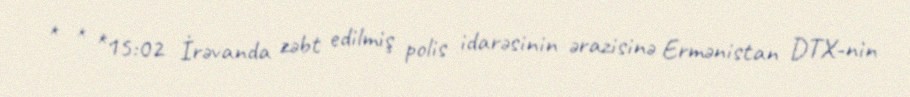
* * *15:02 İrəvanda zəbt edilmiş polis idarəsinin ərazisinə Ermənistan DTX-nin